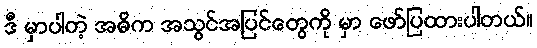
ဒီ မှာပါတဲ့ အဓိက အသွင်အပြင်တွေကို မှာ ဖော်ပြထားပါတယ်။